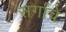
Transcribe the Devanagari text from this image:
सर्गांचे